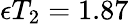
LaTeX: \epsilon T_{2}=1.87